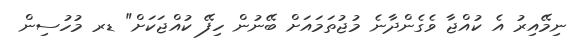
ނިމޭއިރު އެ ކުއްޖާ ވެގެންދާނެ މުޖުތަމައަށް ބޭނުން ހިފޭ ކުއްޖަކަށް" ޑރ މުހުސިން